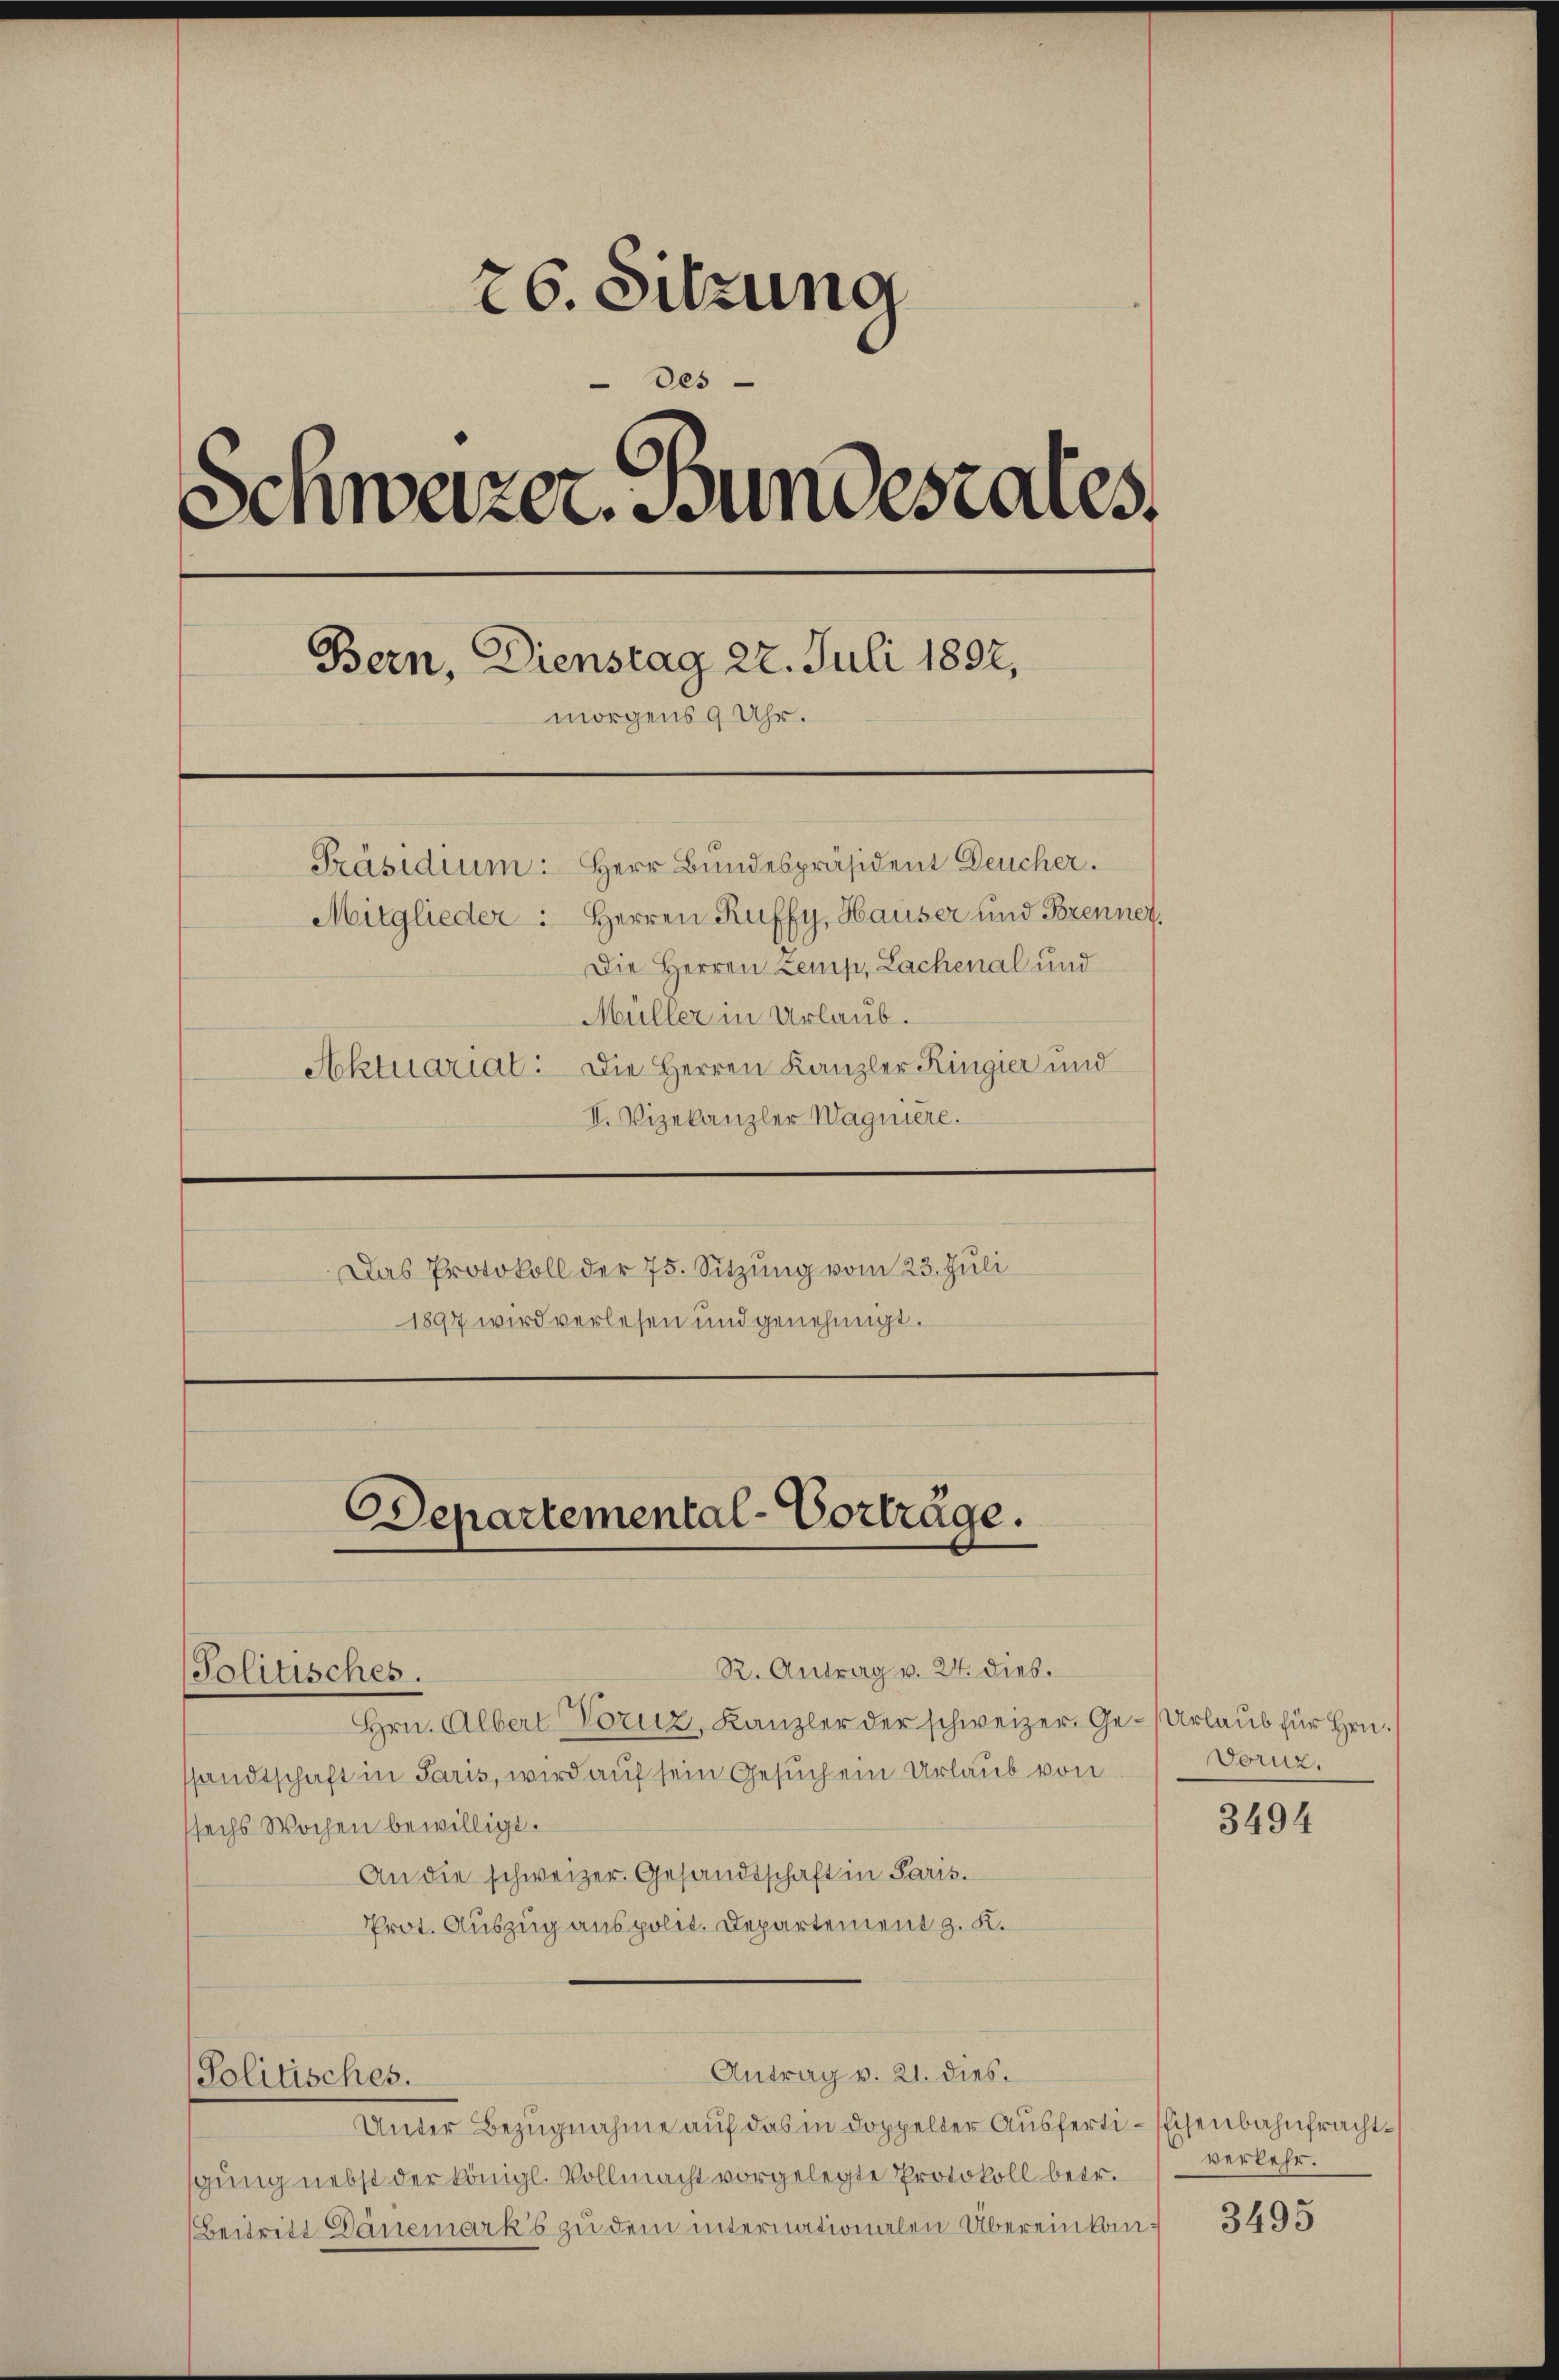
26. Sitzung
des
Schwarzer. Bundestales.
Bern, Dienstag 27. Juli 1892,
morgens 9 Uhr.
Präsidium: Herr Bundespräsident Deucher.
Mitglieder: Herren Ruffy, Hauser und Brennet,
Die Herren Zemp, Lachenal und
Müller in Urlaub.
Aktuarial. Die Herren Kanzler Kingier und
II. Vizekanzler Wagniere.

Departemental-Vorträge.
R. Antrag v. 24. dies.
Politisches.

Das Protokoll der 75. Sitzung vom 23. Juli
1897 wird verlesen und genehmigt.

Hrn. Albert Voruz, Kanzler der schweizer. Ge- Urlaub für Hrn.
ssandtschaft in Paris, wird auf sein Gesuch ein Urlaub von
sechs Wochen bewilligt.
An die schweizer Gesandtschaft in Paris.
Prot. Auszug aus polit. Departement z. K.
Antrag v. 21. dies
Politisches.
Unter Bezugnahme auf das in doppelter Ausferti-Eisenbahnfrachtgung nebst der königl. Vollmacht vorgelegte Protokoll betr.
Beitritt Danemarks zu dem internationalen Übereinkan¬

Doruz.

3494

verkehr.

3495